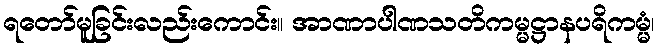
ရတော်မူခြင်းလည်းကောင်း။ အာဏာပါဏသတိကမ္မဋ္ဌာနပရိကမ္မံ၊